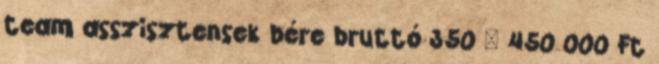
team asszisztensek bére bruttó 350 – 450 000 Ft